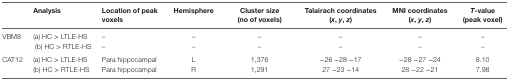
<table><thead><tr><td></td><td><b>Analysis</b></td><td><b>Location of peak voxels</b></td><td><b>Hemisphere</b></td><td><b>Cluster size (no of voxels)</b></td><td><b>Talairach coordinates (<i>x</i>, <i>y</i>, <i>z</i>)</b></td><td><b>MNI coordinates (<i>x</i>, <i>y</i>, <i>z</i>)</b></td><td><b><i>T</i>-value (peak voxel)</b></td></tr></thead><tbody><tr><td rowspan="2">VBM8</td><td>(a) HC &gt; LTLE-HS</td><td>–</td><td>–</td><td>–</td><td>–</td><td>–</td><td>–</td></tr><tr><td>(b) HC &gt; RTLE-HS</td><td>–</td><td>–</td><td>–</td><td>–</td><td>–</td><td>–</td></tr><tr><td rowspan="2">CAT12</td><td>(a) HC &gt; LTLE-HS</td><td>Para hippocampal</td><td>L</td><td>1,376</td><td>−26 −28 −17</td><td>−28 −27 −24</td><td>8.10</td></tr><tr><td>(b) HC &gt; RTLE-HS</td><td>Para hippocampal</td><td>R</td><td>1,291</td><td>27 −23 −14</td><td>28 −22 −21</td><td>7.98</td></tr></tbody></table>